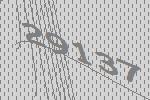
29137